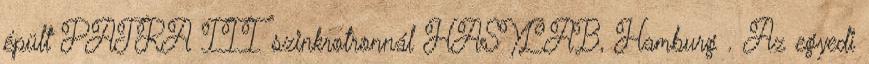
épült PATRA III szinkrotronnál HASYLAB, Hamburg . Az egyedi